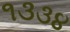
૧૩૩૪